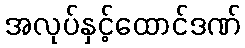
အလုပ်နှင့်ထောင်ဒဏ်